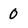
Character: 0